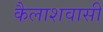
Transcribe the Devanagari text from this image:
कैलाशवासी